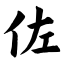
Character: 佐